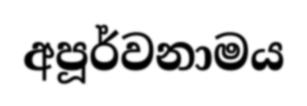
අපූර්වනාමය